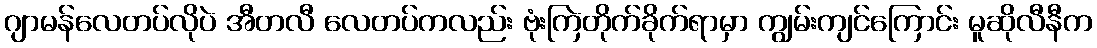
ဂျာမန်လေတပ်လိုပဲ အီတလီ လေတပ်ကလည်း ဗုံးကြဲတိုက်ခိုက်ရာမှာ ကျွမ်းကျင်ကြောင်း မူဆိုလီနီက